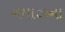
નમાઝના